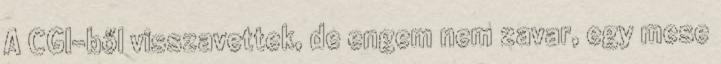
A CGI-ből visszavettek, de engem nem zavar, egy mese